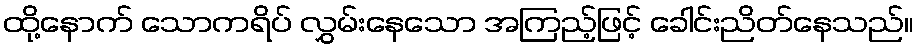
ထို့နောက် သောကရိပ် လွှမ်းနေသော အကြည့်ဖြင့် ခေါင်းညိတ်နေသည်။